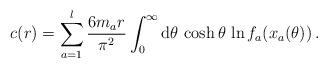
LaTeX: \begin{align*} c(r)= \sum_{a=1}^l \frac{6 m_a r}{\pi^2} \int_0^{\infty} {\rm d}\theta \, \cosh \theta \, \ln f_{a} (x_a (\theta)) \,.\end{align*}